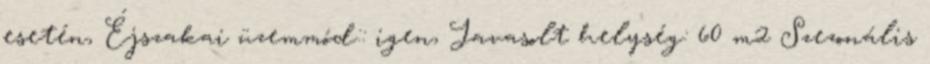
esetén, Éjszakai üzemmód:: igen, Javasolt helység: 60 m2 Szezonális